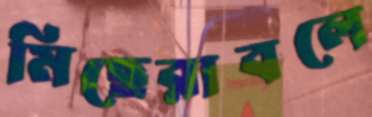
মিছেরাবলে